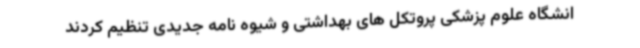
انشگاه علوم پزشکی پروتکل های بهداشتی و شیوه نامه جدیدی تنظیم کردند